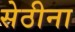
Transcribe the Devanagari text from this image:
सेठीना